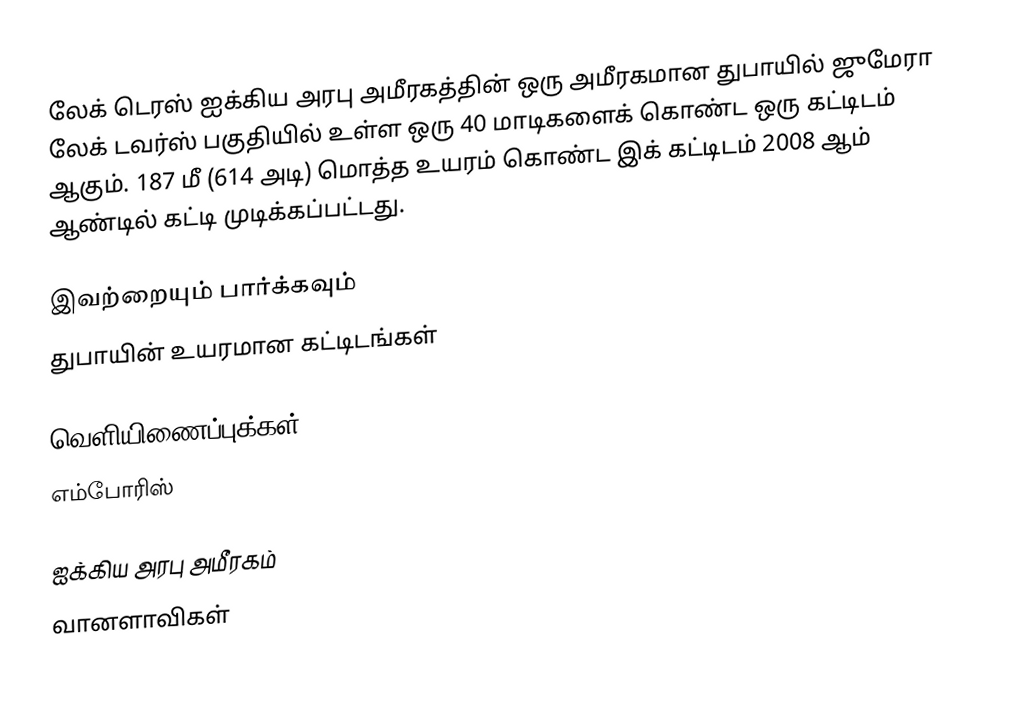
லேக் டெரஸ் ஐக்கிய அரபு அமீரகத்தின் ஒரு அமீரகமான துபாயில் ஜுமேரா லேக் டவர்ஸ் பகுதியில் உள்ள ஒரு 40 மாடிகளைக் கொண்ட ஒரு கட்டிடம் ஆகும். 187 மீ (614 அடி) மொத்த உயரம் கொண்ட இக் கட்டிடம் 2008 ஆம் ஆண்டில் கட்டி முடிக்கப்பட்டது.

இவற்றையும் பார்க்கவும்
 துபாயின் உயரமான கட்டிடங்கள்

வெளியிணைப்புக்கள்
எம்போரிஸ்

ஐக்கிய அரபு அமீரகம்
வானளாவிகள்